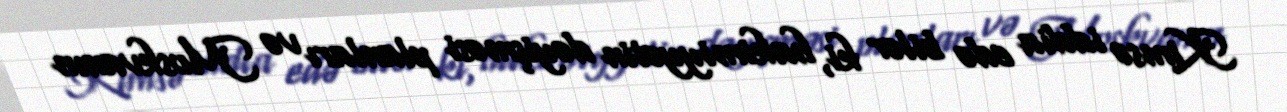
Kimsə iddia edə bilər ki, hakimiyyətin dəyişməsi planları və Moskvanın